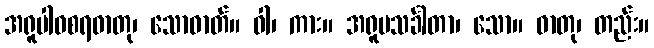
အရူပါဝစရဓာတု၊ သောဓာတ်။ ဝါ၊ ကား။ အရူပသင်္ခါတာ၊ သော။ ဓာတု၊ တည်း။